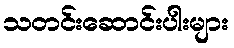
သတင်းဆောင်းပါးများ